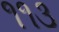
૧૧૩